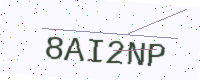
Text: 8AI2NP